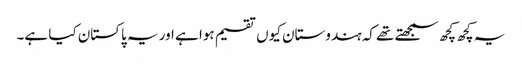
یہ کچھ کچھ سمجھتے تھے کہ ہندوستان کیوں تقسیم ہوا ہے اور یہ پاکستان کیا ہے۔